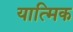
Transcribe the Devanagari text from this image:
यात्मिक